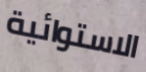
الاستوائية